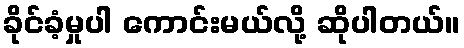
ခိုင်ခံ့မှုပါ ကောင်းမယ်လို့ ဆိုပါတယ်။